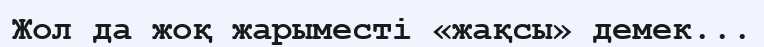
Жол да жоқ жарыместі «жақсы» демек...